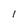
Character: 1